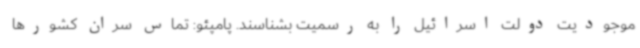
موجودیت دولت اسرائیل را به رسمیت بشناسند. پامپئو: تماس سران کشورها